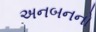
અનબનનો